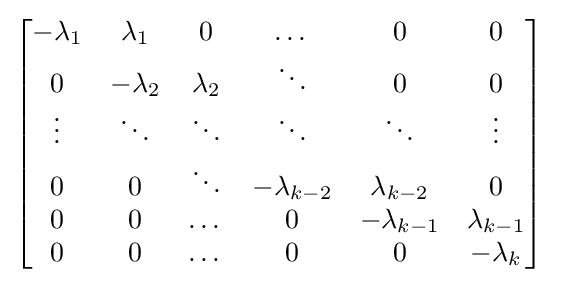
\left[{\begin{matrix}-\lambda _{1}&\lambda _{1}&0&\dots &0&0\\0&-\lambda _{2}&\lambda _{2}&\ddots &0&0\\\vdots &\ddots &\ddots &\ddots &\ddots &\vdots \\0&0&\ddots &-\lambda _{k-2}&\lambda _{k-2}&0\\0&0&\dots &0&-\lambda _{k-1}&\lambda _{k-1}\\0&0&\dots &0&0&-\lambda _{k}\end{matrix}}\right]\;